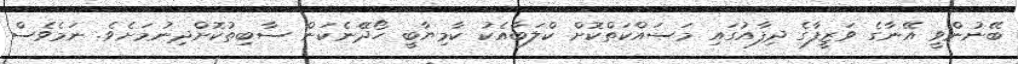
ބޭނުންވީ އޭނާގެ ވަޒީފާގެ ދިފާއުގައި މަސައްކަތްކޮށް ކްލަބާއެކު ކާމިޔާބީ ހޯދޭނެކަން ސާބިތުކޮށްދިނުމަށެވެ. ނަމެވެސް